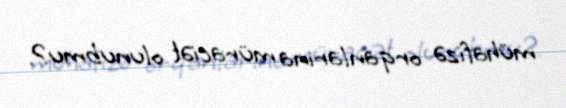
mühafizə orqanlarına müraciət olunubmu?.